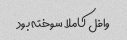
وافل کاملا سوخته بود